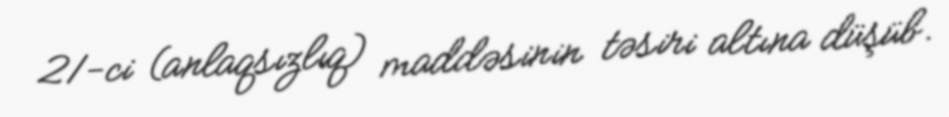
21-ci (anlaqsızlıq) maddəsinin təsiri altına düşüb.